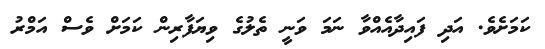
ކަމަށެވެ. އަދި ފައިދާއެއްވާ ނަމަ ވަނީ ތެލުގެ ވިޔަފާރިން ކަމަށް ވެސް އަމްރު